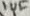
Text: 1uF